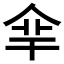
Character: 𠈾